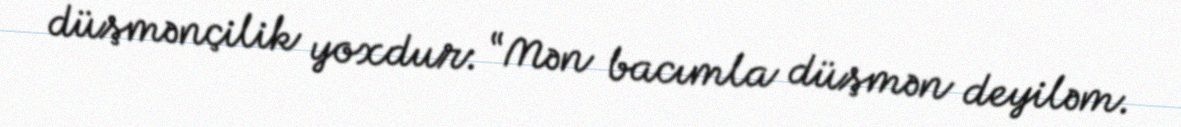
düşmənçilik yoxdur: “Mən bacımla düşmən deyiləm.